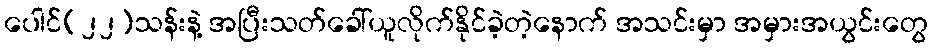
ပေါင်(၂၂)သန်းနဲ့ အပြီးသတ်ခေါ်ယူလိုက်နိုင်ခဲ့တဲ့နောက် အသင်းမှာ အမှားအယွင်းတွေ